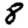
Digit: 8